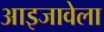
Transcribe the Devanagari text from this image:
आइजावेला